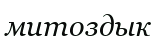
митоздык